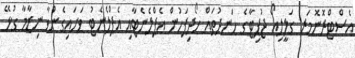
އެސްޓްރޮނޮމަރ ގަލީލިއޯ ޖުޕިޓާގެ ހަނދުތައް ހޯދިފަހުން އެޕްލެނެޓާއި އެޕްލެނެޓު ވަށައިގެންވާ ނިޒާމާ ގުޅޭ